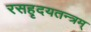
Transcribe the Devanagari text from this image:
रसहृदयतन्त्रम्